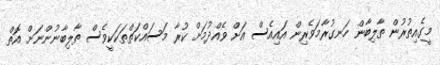
މީގެއިތުރުން ތާލިބާން ހަނގުރާމަވެރިން އައިއެސް އަށް ވެއްދުމަށް ކުރާ މަސައްކަތްތަކަކީވެސް ތާލިބާނުންނަށް އޮތް